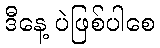
ဒီနေ့ ပဲဖြစ်ပါစေ